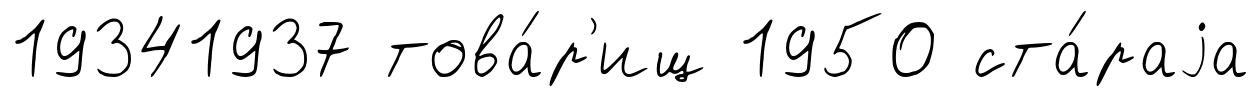
19341937 това́р'ищ 1950 ста́раjа